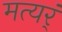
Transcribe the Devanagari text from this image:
मत्यर्ं